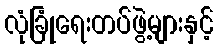
လုံခြုံရေးတပ်ဖွဲ့များနှင့်